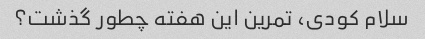
سلام کودی، تمرین این هفته چطور گذشت؟